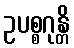
ဥပစ္စဂုန္တိ